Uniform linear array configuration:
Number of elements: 8
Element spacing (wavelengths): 0.5
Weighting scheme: kaiser
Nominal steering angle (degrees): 60
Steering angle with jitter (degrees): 61.532
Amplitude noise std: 0.05
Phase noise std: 0.05

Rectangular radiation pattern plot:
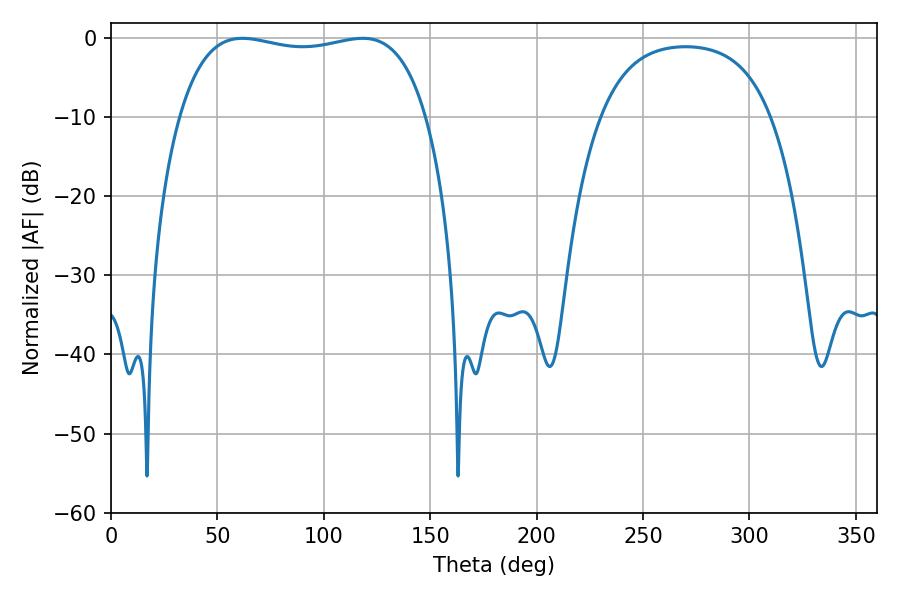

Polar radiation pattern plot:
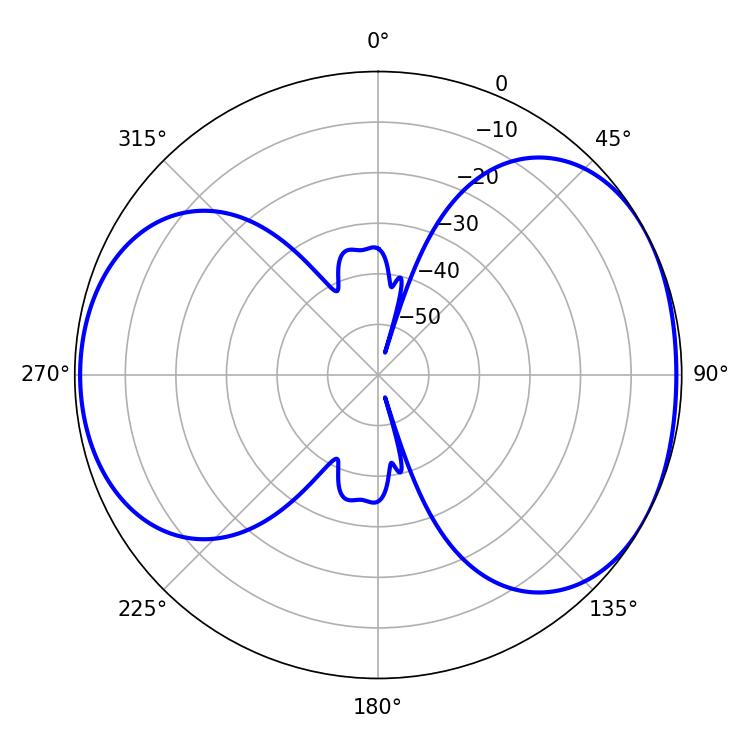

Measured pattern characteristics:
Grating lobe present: FALSE
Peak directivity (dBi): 4.976
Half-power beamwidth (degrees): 93.6
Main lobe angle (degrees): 61.74